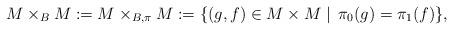
LaTeX: \begin{align*}M\times_B M := M\times_{B,\pi} M:= \{ (g,f) \in M \times M \mid \, \pi_0(g) = \pi_1(f) \} ,\end{align*}